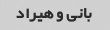
بانی و هیراد